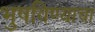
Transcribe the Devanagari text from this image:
भुषविण्याचा